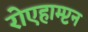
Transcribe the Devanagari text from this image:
रोएहाम्प्टन